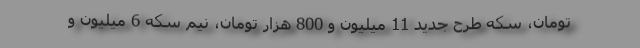
تومان، سکه طرح جدید 11 میلیون و 800 هزار تومان، نیم سکه 6 میلیون و